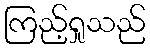
ကြည့်ရှုသည်